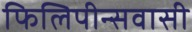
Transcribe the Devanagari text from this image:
फिलिपीन्सवासी